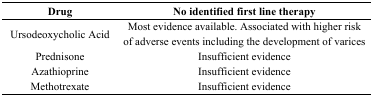
<table><thead><tr><td><b>Drug</b></td><td><b>No identified first line therapy</b></td></tr></thead><tbody><tr><td>Ursodeoxycholic Acid</td><td>Most evidence available. Associated with higher risk of adverse events including the development of varices</td></tr><tr><td>Prednisone</td><td>Insufficient evidence</td></tr><tr><td>Azathioprine</td><td>Insufficient evidence</td></tr><tr><td>Methotrexate</td><td>Insufficient evidence</td></tr></tbody></table>